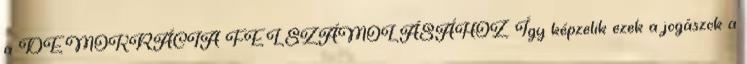
a DEMOKRÁCIA FELSZÁMOLÁSÁHOZ. Így képzelik ezek a jogászok a